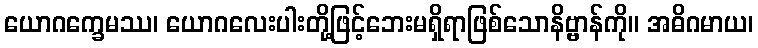
ယောဂက္ခေမဿ၊ ယောဂလေးပါးတို့ဖြင့်ဘေးမရှိရာဖြစ်သောနိဗ္ဗာန်ကို။ အဓိဂမာယ၊